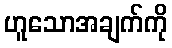
ဟူသောအချက်ကို